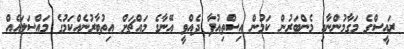
ރައީސްގެ މަގާމުންނާއި މެންބަރުން ކަމުން އިސްތިއުފާ ދެއްވީ އޭނާގެ މައްޗަށް އިތުބާރުނެއްކަމުގެ މައްސަލައެއް